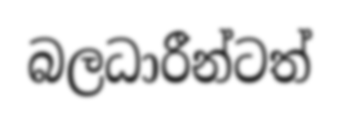
බලධාරීන්ටත්